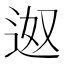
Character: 𮞎